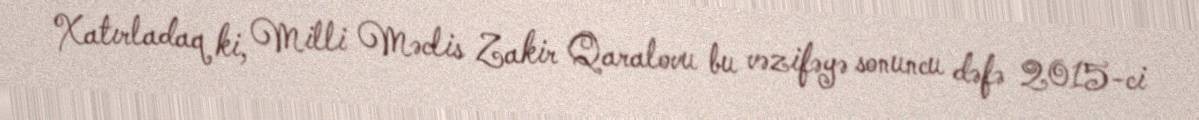
Xatırladaq ki, Milli Məclis Zakir Qaralovu bu vəzifəyə sonuncu dəfə 2015-ci